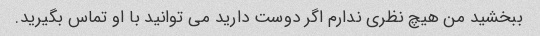
ببخشید من هیچ نظری ندارم اگر دوست دارید می توانید با او تماس بگیرید.